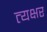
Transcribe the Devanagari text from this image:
त्यक्षर